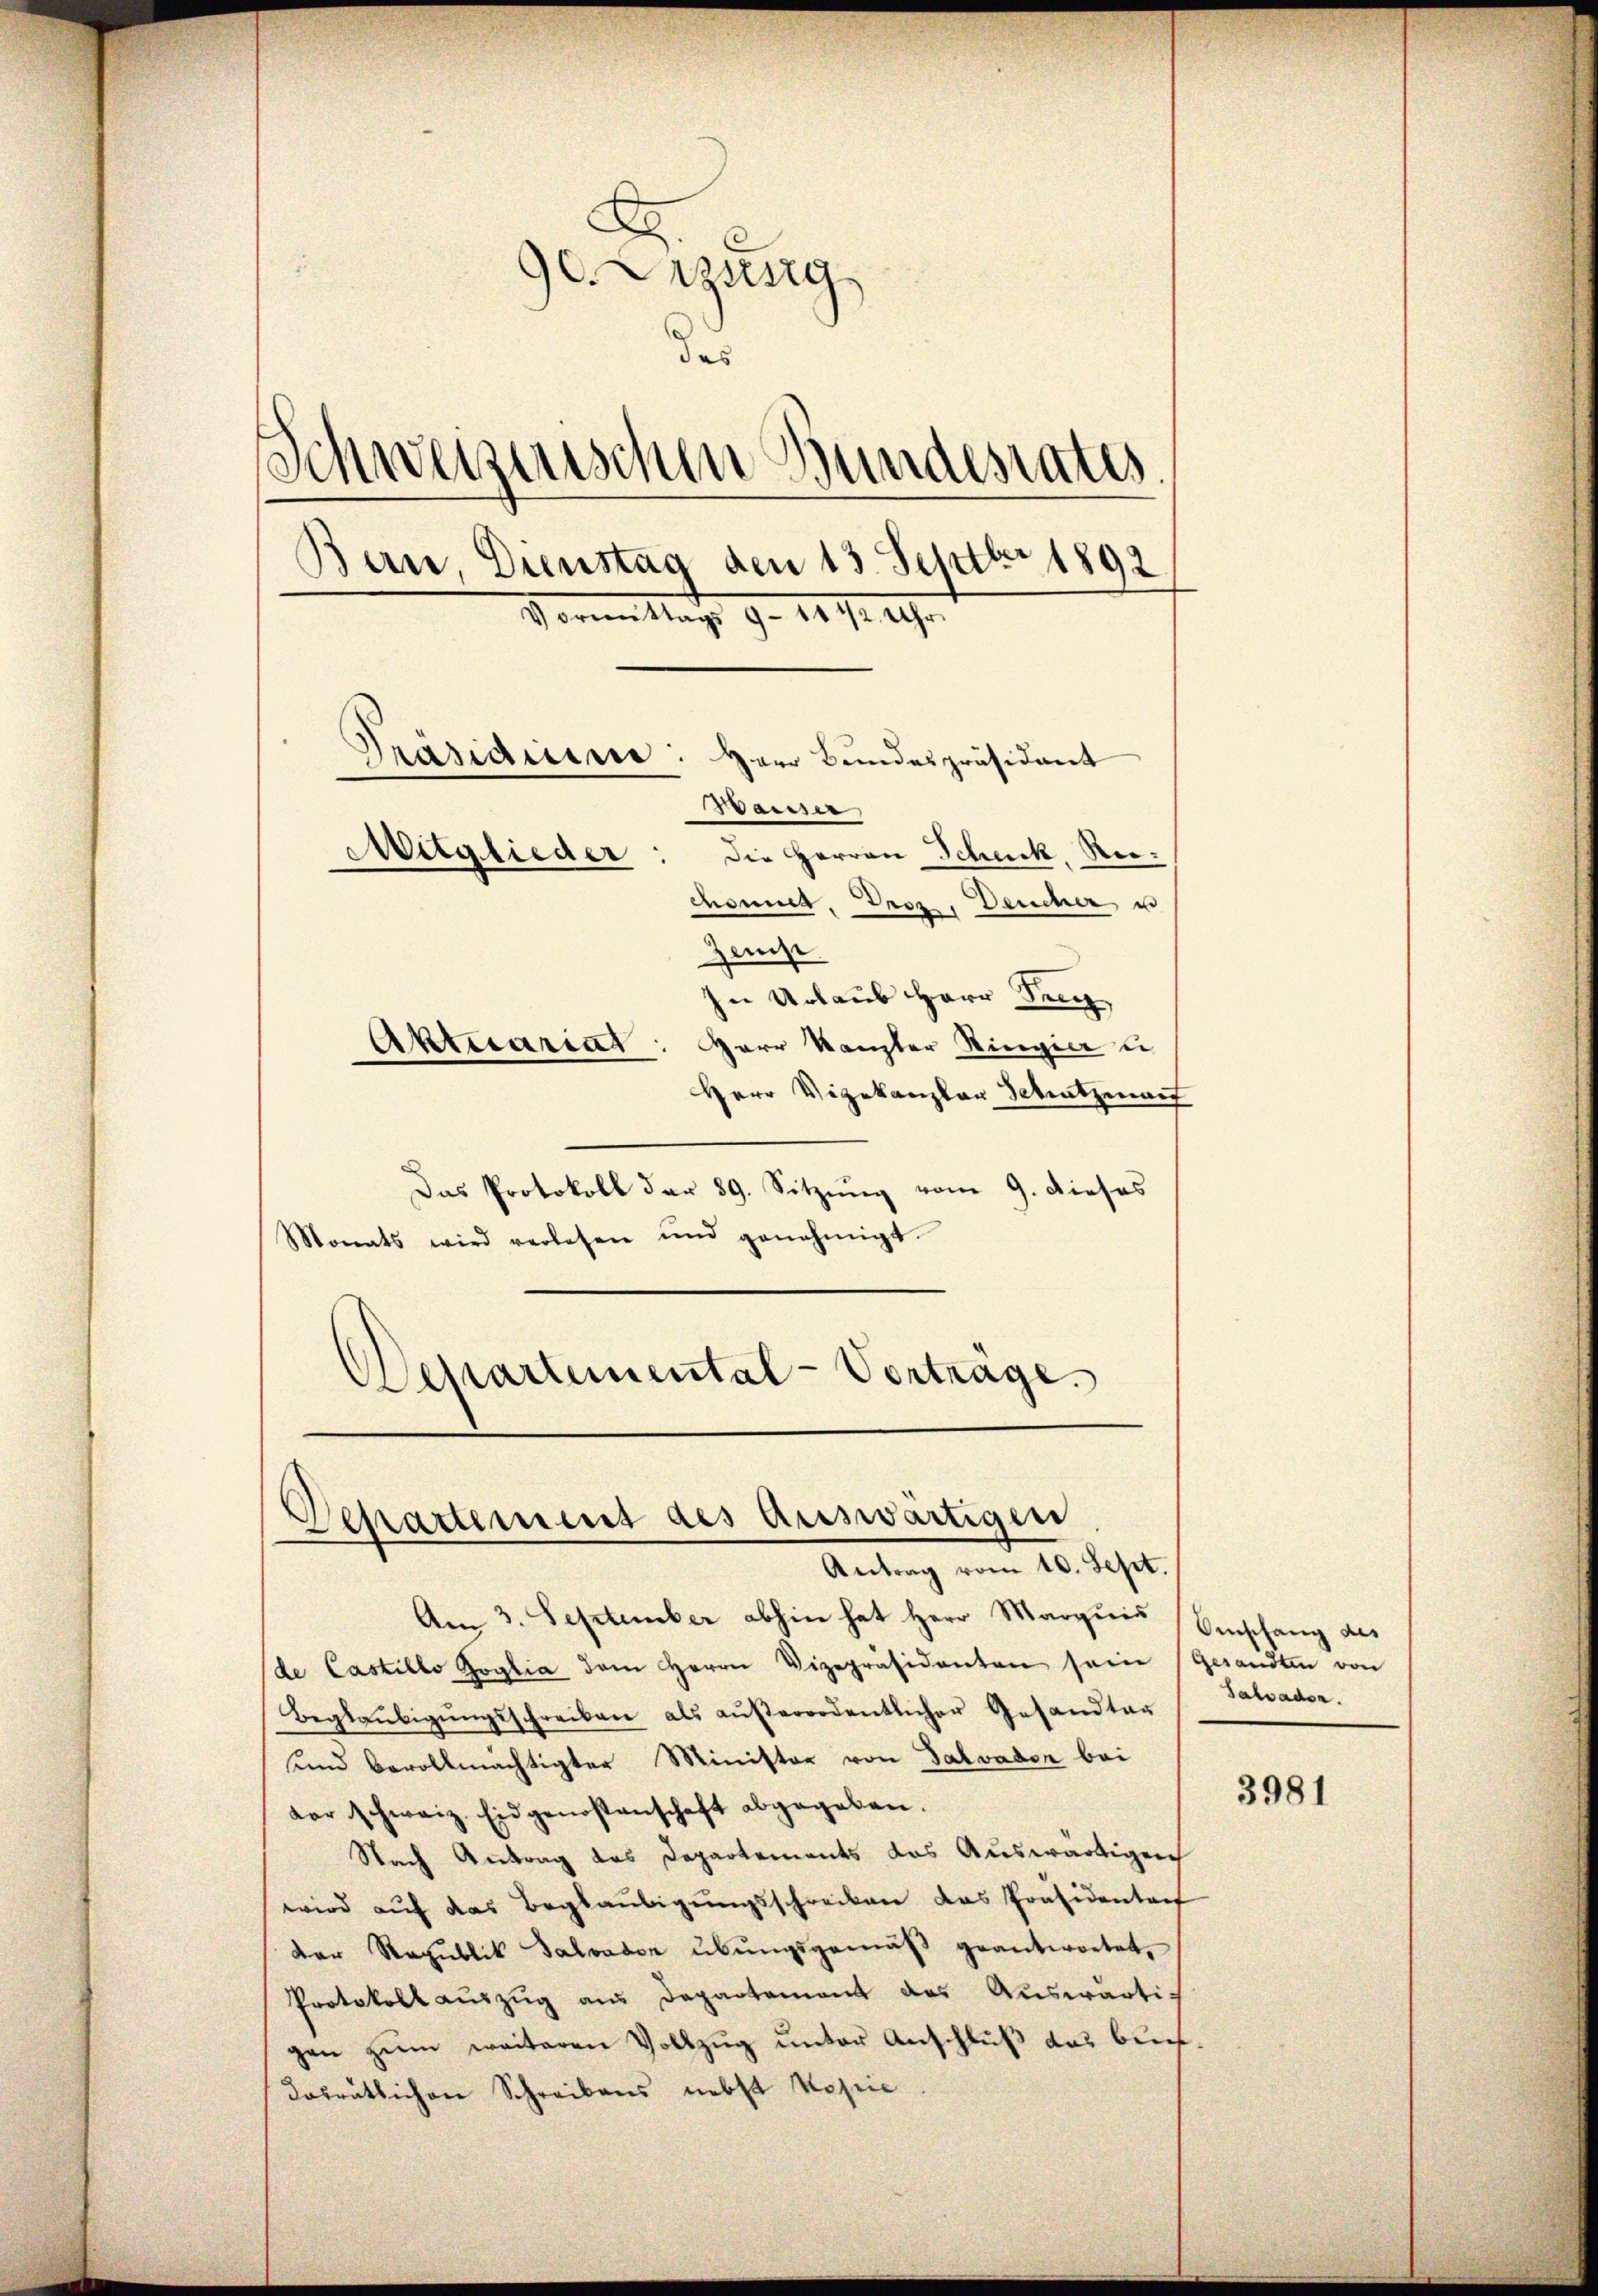
.
90. Dezung
des
Schweizerischen Bundesrates
Bern, Dienstag den 13. Septbr 1892
Fornen Nacht 9. 1871. Uhr.
Präsidium: Herr Bundespräsident
Waiser
Mitglieder: die Herren Schick, Rechonnet, Droz, Deucher u
Zust
In Urlaub Herr Seeg
Aktecariat: Herr Kanzler Ringier i
Herr Vizekanzlar Schutzmach

Das Protokoll der 89. Sitzung vom 9. dieses
Monats wird verlesen und genehmigt.
Departemental-Vorträge.

Departement des auswärtigen
Antrag vom 10. Sept.

Am 3. September abhin hat Herr Marquis Einschang des
(de Castillo Goglia dem Herrn Vizepräsidenten sein (Gesandten von
Beglaŭbigŭngsschreiben als aŭβerordentlicher Gesandter
und bevollmächtigter Minister von Salvator bei
der schweiz. Eidgenossenschaft abgegeben.
Nach Antrag des Departernants das Auswärtigen
wird auf das Beglaubigungsschrecken das Präsidenten
Der Republik Salvason übŭngsgemäβ geantwortet,
Protokoll auszug aus Departement des Auswärtig
gen zŭm weiteren Vollzŭg ŭnter Anschlŭβ das buch.
dosrätlichen Schreibens nebst Kopie

Salvaden.

3981